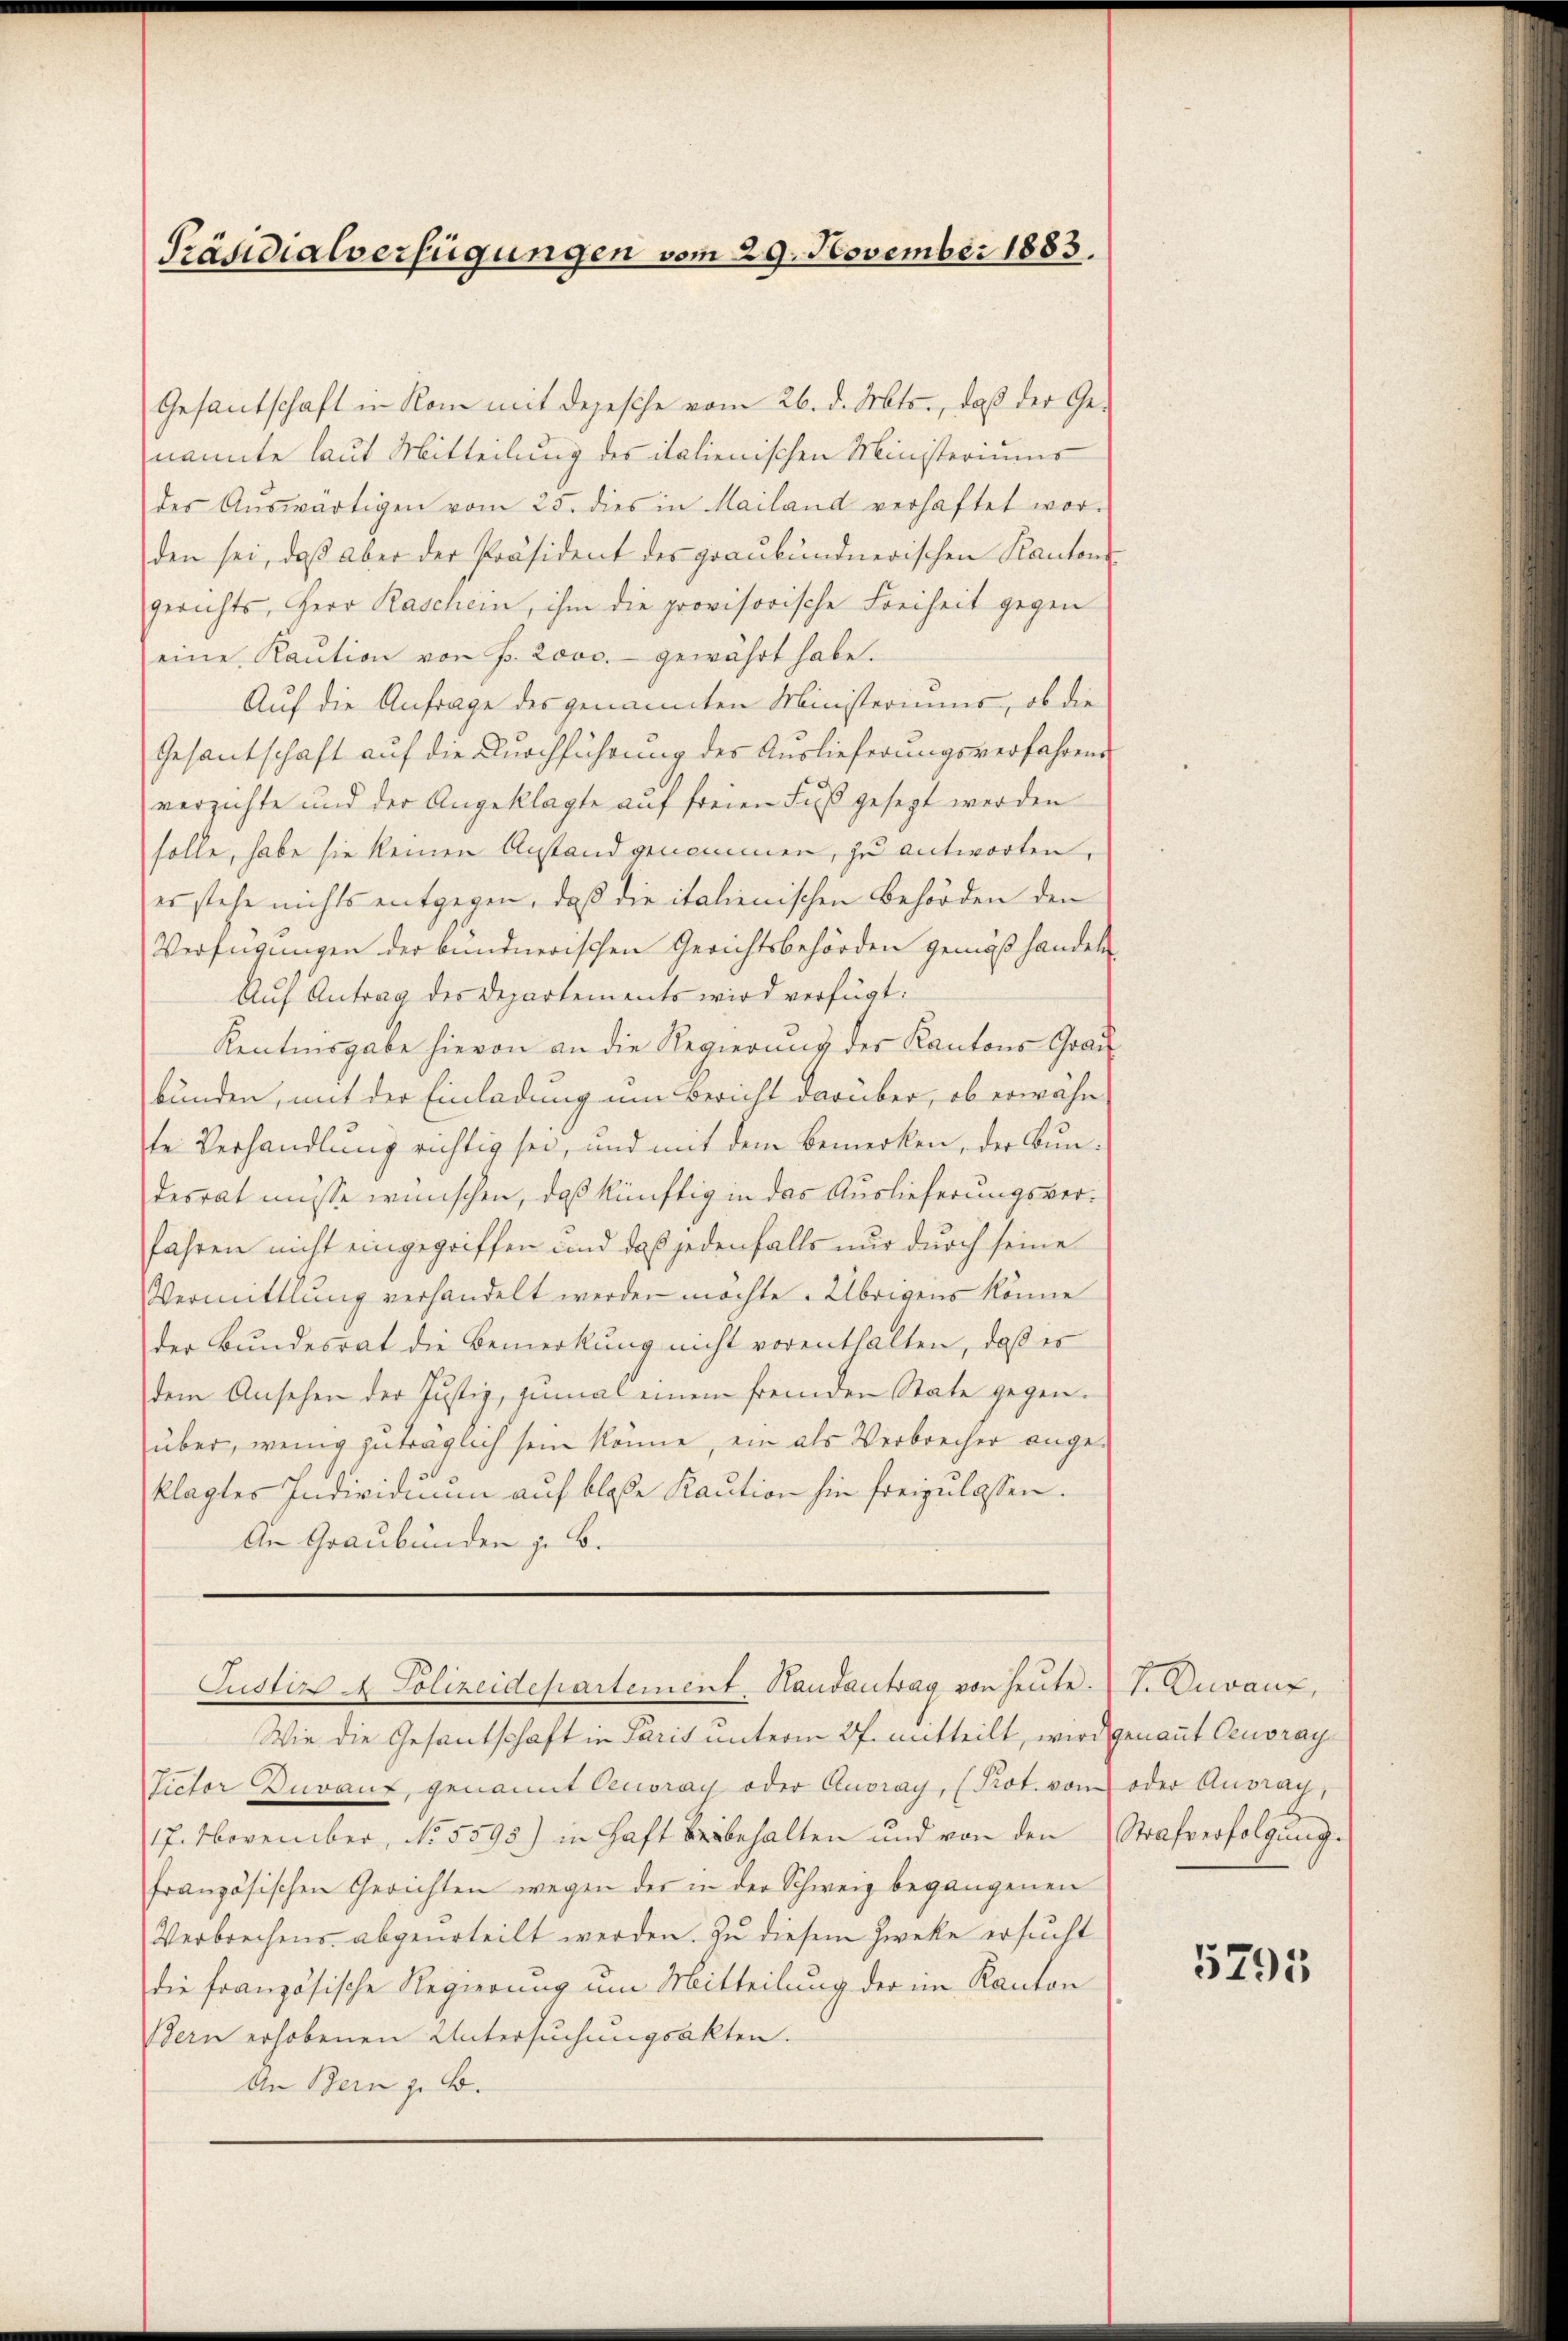
Gesantschaft in Rom mit depesche vom 26. d. Mts., daß der Genannte laut Mitteilung des italienischen Ministeriums
des Aŭswärtigen vom 25. dies in Mailand verhaftet wor-
den sei, daβ aber der Präsident des graubündnerischen Kanton
gerichts, Herr Raschein, ihm die provisorische Freiheit gegen
eine Kaŭtion von f. 2000.- gewährt habe.
Auf die Anfrage des genannten Ministeriums, ob die
Gesantschaft auf die Durchführung des Auslieferungsverfahrend
verzichte und der Angeklagte auf freien Fuß gesezt werden
solle, habe sie keinen Anstand genommen, zu antworten,
es stehe nichts entgegen, daß die italienischen Behörden den
Verfügungen der bundnerischen Gerichtsbehörden gemäß handel
Auf Antrag des Departements wird verfügt:
Kentnisgabe hievon an die Regierung der Kantons Grau-
bunden, mit der Einladung um Bericht darüber, ob erwähn
te Verhandlung richtig sei, und mit dem Bemerken, der Bundesrat müsse wünschen, daß künftig in das Auslieferungsver¬
Jahren nicht eingegriffen und daß jedenfalls nur durch seine
Vermittlung verhandelt werden möchte. Übrigens könne
der Bundesrat die Bemerkung nicht vorenthalten, daß er
dem Ansehen der Justiz, zumal einen fremden State gegen-
über, wenig zuträglich sein könne, ein als Verbrecher angeklagtes Individium auf bloße Kaution hin freizulassen.
An Graubünden z. B.

Präsidialverfügungen vom 29. November 1883.

Justiz & Polizeidepartement. Handantrag von heute. V. Darauf,

Wie die Gesantschaft in Paris unterm 27. mitteilt, wird genannt Cuoray
Victor Darauf, genannt Oeuoray oder Anoray, (Prot. vom oder Ausray,
17. November, No. 5595) in Haft beibehalten und von den Strafverfolgŭng.
französischen Gerichten wegen der in der Schweiz begangenen
Verbrechens abgeurteilt werden. Zu diesem Zwecke ersucht
die französische Regierung um Mitteilung der im Kanton
Bern erhobenen Untersuchungsakten.
An Bern z. B.

5795